Civil Veterinary Department. United Provinces 1912-22 - 1912-1922
Year: 1912
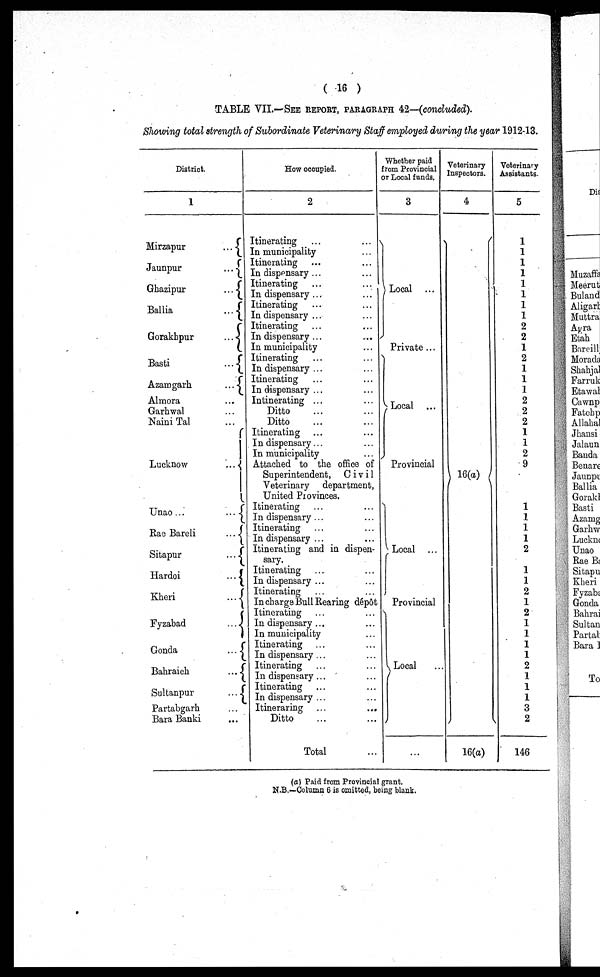
( 16 )
TABLE VII.—SEE REPORT, PARAGRAPH 42—(concluded).
Showing total strength of Subordinate Veterinary Staff employed during the year 1912-13.
District.
1
Mirzapur
...
Jaunpur
...
Ghazipur
...
Ballia
...
Gorakhpur
...
Basti
...
Azamgarh
...
Almora ...
Garhwal ...
Naini Tal ...
Lucknow
...
Unao ...
...
Rae Bareli
...
Sitapur
...
Hardoi
...
Kheri
...
Fyzabad
...
Gonda
...
Bahraich
...
Sultanpur
...
Partabgarh ...
Bara Banki ...
How occupied.
2
Itinerating ...
...
In municipality …
Itinerating ... ...
In dispensary ... ...
Itinerating ...
...
In dispensary ... ...
Itinerating ... ...
In dispensary ... ...
Itinerating
In dispensary ...
...
In municipality
Itinerating ... ...
In dispensary ... ...
Itinerating ... ...
In dispensary ... ...
Intinerating ... ...
Ditto … …
Ditto … …
Itinerating … …
In dispensary ... ...
In municipality …
Attacked to the office of
Superintendent, Civil
Veterinary department,
United Provinces.
Itinerating ... ...
In dispensary ... ...
Itinerating ... ...
In dispensary ... ...
Itinerating and in dispen-
sary.
Itinerating ... ...
In dispensary ... ...
Itinerating
In charge Bull Rearing dépôt
Itinerating
In dispensary ... ...
In municipality
Itinerating ... ...
In dispensary ... ...
Itinerating ... ...
In dispensary ... ...
Itinerating ... ...
In dispensary ... ...
Itineraring ...
...
Ditto … …
Total …
Whether paid
from Provincial
or Local funds.
3
Local ...
Private ...
Local ...
Provincial
Local ...
Provincial
Local ...
Veterinary
Inspectors.
4
16(a)
16(a)
Veterinary
Assistants.
5
1
1
1
1
1
1
1
1
2
2
1
2
1
1
1
2
2
2
1
1
2
9
1
1
1
1
2
1
1
2
1
2
1
1
1
1
2
1
1
1
3
2
146
(a) Paid from Provincial grant.
N.B.—Column 6 is omitted, being blank.